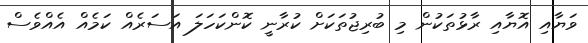
ވަޔާއި އޮޔާއި ރާޅުތަކުން މި ބުރިޖުތަކަށް ކުރާނީ ކޮންކަހަލަ އަސަރެއް ކަމެއް އެއްވެސް